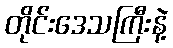
တိုင်းဒေသကြီးနဲ့